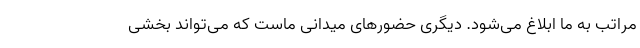
مراتب به ما ابلاغ می‌شود. دیگری حضورهای میدانی ماست که می‌تواند بخشی